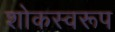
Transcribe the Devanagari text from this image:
शोकस्वरूप